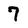
Character: 7